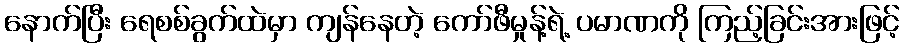
နောက်ပြီး ရေစစ်ခွက်ထဲမှာ ကျန်နေတဲ့ ကော်ဖီမှုန့်ရဲ့ ပမာဏကို ကြည့်ခြင်းအားဖြင့်